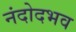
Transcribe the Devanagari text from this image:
नंदोदभव